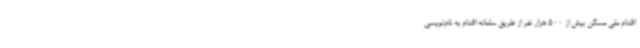
اقدام ملی مسکن بیش از 500 هزار نفر از طریق سامانه اقدام به نام‌نویسی